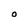
Character: O